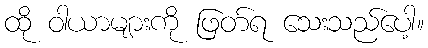
ထို ဝါယာများကို ဖြတ်ရ သေးသည်ပေါ့။